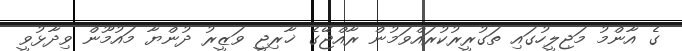
ގެ އާންމު މަޖިލީހުގައި ތަގުރީރުކުރައްވަމުން ރާއްޖޭގެ ޚާރިޖީ ވަޒީރު ދުންޔާ މައުމޫން ވިދާޅުވީ